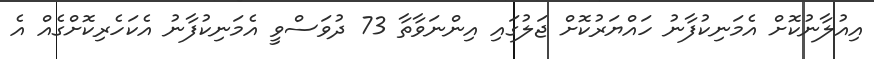
އިއުލާނުކޮށް އެމަނިކުފާނު ހައްޔަރުކޮށް ޖަލުގައި އިންނަވާތާ 73 ދުވަސްވީ އެމަނިކުފާނު އެކަހެރިކޮށްގެއް އެ